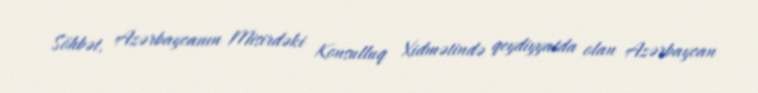
Söhbət, Azərbaycanın Misirdəki Konsulluq Xidmətində qeydiyyatda olan Azərbaycan